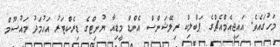
މަހުގައެވެ. އައިޖީއެމްއެޗްގެ ޕަބްލިކް ރިލޭޝަންސް އެންޑް މީޑިއާ ޔުނިޓްގެ ޑިރެކްޓަރު އަހުމަދު މައުސޫމް